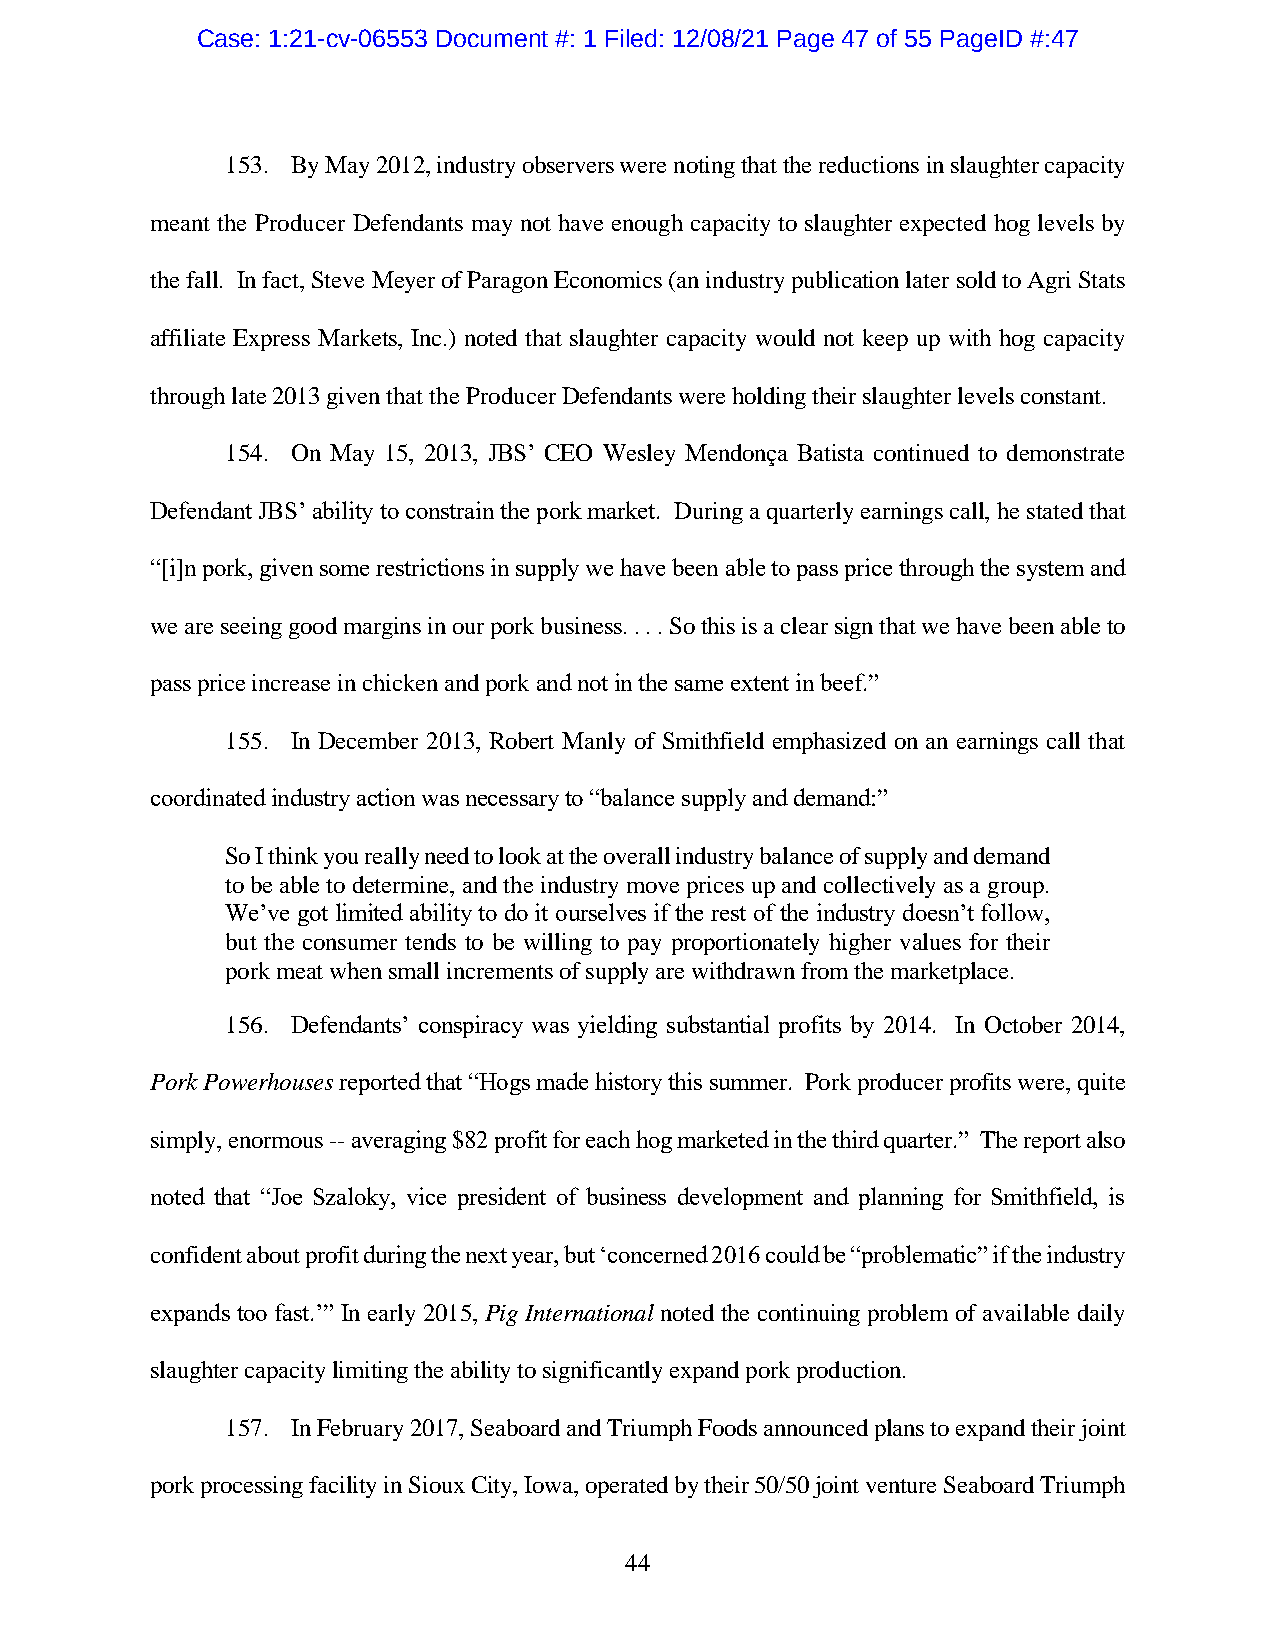
Case: 1:21-cv-06553 Document #: 1 Filed: 12/08/21 Page 47 of 55 PageID #:47
 153. By May 2012, industry observers were noting that the reductions in slaughter capacity
 meant the Producer Defendants may not have enough capacity to slaughter expected hog levels by
 the fall. In fact, Steve Meyer of Paragon Economics (an industry publication later sold to Agri Stats
 affiliate Express Markets, Inc.) noted that slaughter capacity would not keep up with hog capacity
 through late 2013 given that the Producer Defendants were holding their slaughter levels constant.
 154. On May 15, 2013, JBS’ CEO Wesley Mendonça Batista continued to demonstrate
 Defendant JBS’ ability to constrain the pork market. During a quarterly earnings call, he stated that
 “[i]n pork, given some restrictions in supply we have been able to pass price through the system and
 we are seeing good margins in our pork business. . . . So this is a clear sign that we have been able to
 pass price increase in chicken and pork and not in the same extent in beef.”
 155. In December 2013, Robert Manly of Smithfield emphasized on an earnings call that
 coordinated industry action was necessary to “balance supply and demand:”
 So I think you really need to look at the overall industry balance of supply and demand
 to be able to determine, and the industry move prices up and collectively as a group.
 We’ve got limited ability to do it ourselves if the rest of the industry doesn’t follow,
 but the consumer tends to be willing to pay proportionately higher values for their
 pork meat when small increments of supply are withdrawn from the marketplace.
 156. Defendants’ conspiracy was yielding substantial profits by 2014. In October 2014,
 Pork Powerhouses reported that “Hogs made history this summer. Pork producer profits were, quite
 simply, enormous -- averaging $82 profit for each hog marketed in the third quarter.” The report also
 noted that “Joe Szaloky, vice president of business development and planning for Smithfield, is
 confident about profit during the next year, but ‘concerned 2016 could be “problematic” if the industry
 expands too fast.’” In early 2015, Pig International noted the continuing problem of available daily
 slaughter capacity limiting the ability to significantly expand pork production.
 157. In February 2017, Seaboard and Triumph Foods announced plans to expand their joint
 pork processing facility in Sioux City, Iowa, operated by their 50/50 joint venture Seaboard Triumph
 44